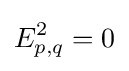
E_{p,q}^{2}=0